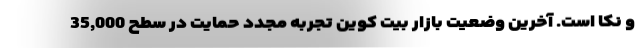
و نکا است. آخرین وضعیت بازار بیت کوین تجربه مجدد حمایت در سطح 35,000